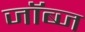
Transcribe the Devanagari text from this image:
जॉब्ज